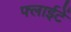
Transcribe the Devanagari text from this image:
फ्लाईटें